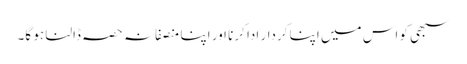
سبھی کو اس میں اپنا کردار ادا کرنا اور اپنا منصفانہ حصہ ڈالنا ہو گا۔